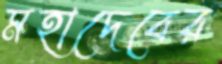
মহাদেবের